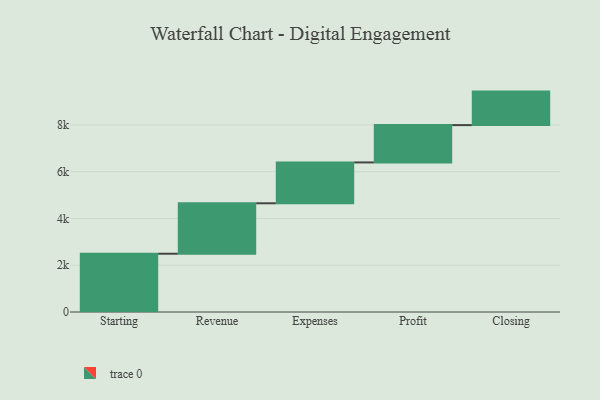
{"axis": {"x": "Step", "y": "Value"}, "legend": [""], "data": [{"x": "Starting", "y": 2493.0, "type": ""}, {"x": "Revenue", "y": 2158.0, "type": ""}, {"x": "Expenses", "y": 1748.0, "type": ""}, {"x": "Profit", "y": 1597.0, "type": ""}, {"x": "Closing", "y": 1433.0, "type": ""}]}